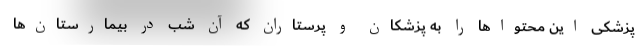
پزشکی این محتواها را به پزشکان و پرستاران که آن شب در بیمارستان‌ها